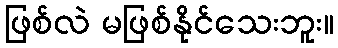
ဖြစ်လဲ မဖြစ်နိုင်သေးဘူး။